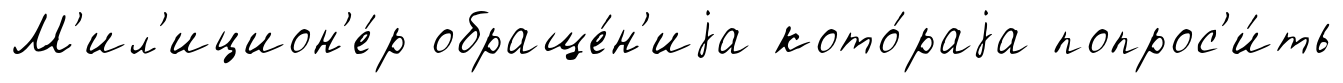
М'ил'ицион'е́р обраще́н'иjа кото́раjа попрос'и́ть